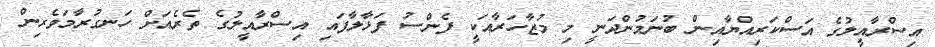
އިސްރާއީލުގެ އަސްކަރިއްޔާއިން ބުނަމުންދަނީ މި މުޒާހަރާއަކީ ފެންސު ފަޅާލާފައި އިސްރާއީލުގެ ތެރެއަށް ހަނގުރާމަވެރިން